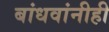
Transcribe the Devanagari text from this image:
बांधवांनीही